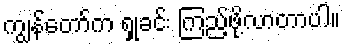
ကျွန်တော်က ရှုခင်း ကြည့်ဖို့လာတာပါ။